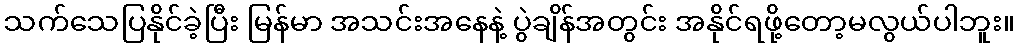
သက်သေပြနိုင်ခဲ့ပြီး မြန်မာ အသင်းအနေနဲ့ ပွဲချိန်အတွင်း အနိုင်ရဖို့တော့မလွယ်ပါဘူး။